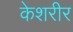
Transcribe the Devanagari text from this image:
केशरीर